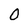
Character: 0